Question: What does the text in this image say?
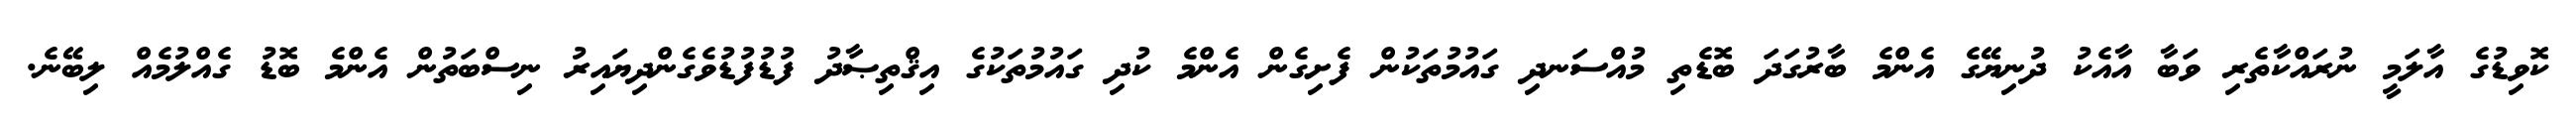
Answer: ކޮވިޑުގެ އާލަމީ ނުރައްކާތެރި ވަބާ އާއެކު ދުނިޔޭގެ އެންމެ ބާރުގަދަ ބޮޑެތި މުއްސަނދި ގައުމުތަކުން ފެށިގެން އެންމެ ކުދި ގައުމުތަކުގެ އިޤްތިޞާދު ފުޑުފުޑުވެގެންދިޔައިރު ނިސްބަތުން އެންމެ ބޮޑު ގެއްލުމެއް ލިބޭނެ.